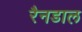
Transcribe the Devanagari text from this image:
रैनडाल